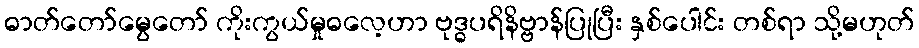
ဓာတ်တော်မွေတော် ကိုးကွယ်မှုဓလေ့ဟာ ဗုဒ္ဓပရိနိဗ္ဗာန်ပြုပြီး နှစ်ပေါင်း တစ်ရာ သို့မဟုတ်